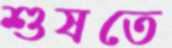
শুষতে